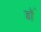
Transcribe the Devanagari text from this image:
डॉं